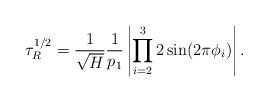
LaTeX: \begin{align*}\tau_{R}^{1/2}=\frac{1}{\sqrt{H}}\frac{1}{p_{1}}\left|\prod_{i=2}^{3}2\sin(2\pi\phi_{i})\right|.\end{align*}